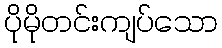
ပိုမိုတင်းကျပ်သော